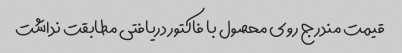
قیمت مندرج روی محصول با فاکتور دریافتی مطابقت نداشت